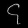
Digit: ၄